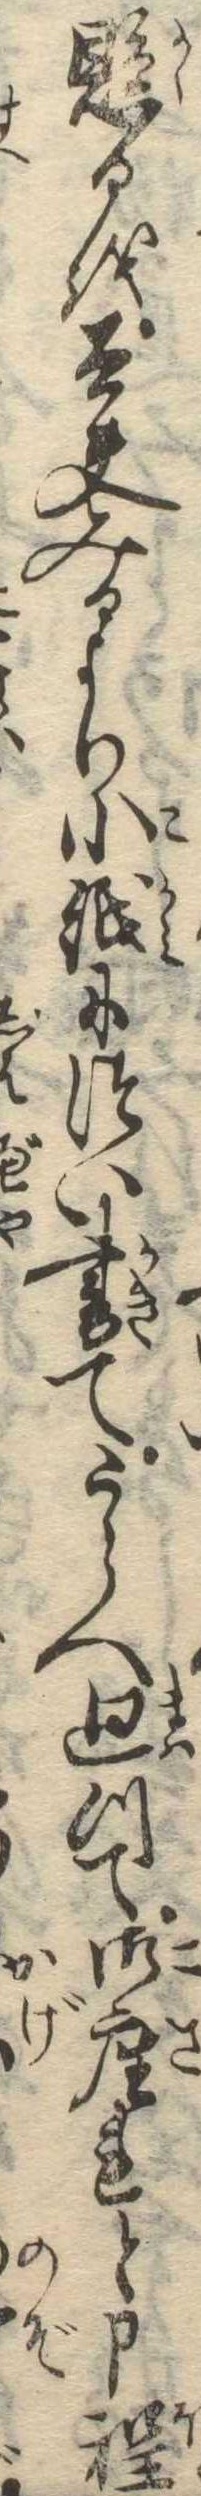
懸るを太夫みるより小紙につい書てうらへ廻つて御座れと申程